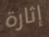
إثارة